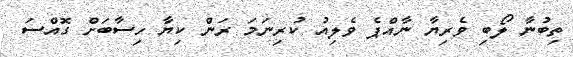
ތިބުނާ ލޯބި ވެރިޔާ ނާއްޕެ ވެލިއު ކުރިނަމަ ރަން ކިޔާ ހިސާބަށް ގޮއްސަ